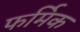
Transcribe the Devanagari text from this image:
फर्मिक